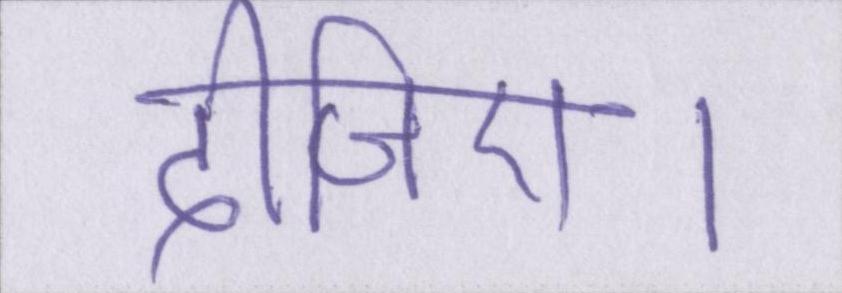
दीजिए।